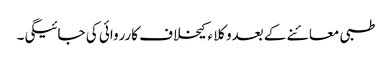
طبی معائنے کے بعدوکلا ء کیخلاف کارروائی کی جائیگی۔